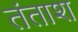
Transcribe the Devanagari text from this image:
तंताश